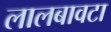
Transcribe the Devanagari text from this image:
लालबावटा